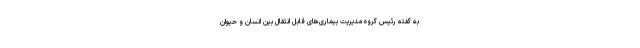
به گفته رئیس گروه مدیریت بیماری‌های قابل انتقال بین انسان و حیوان